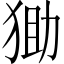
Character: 𤞩